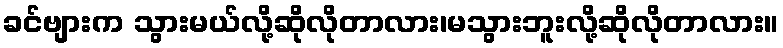
ခင်ဗျားက သွားမယ်လို့ဆိုလိုတာလား၊မသွားဘူးလို့ဆိုလိုတာလား။